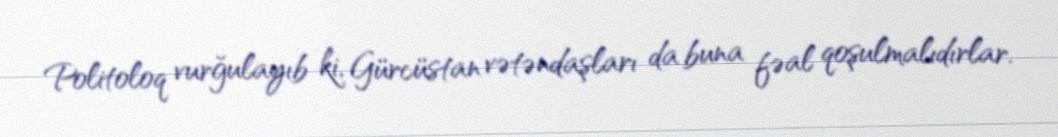
Politoloq vurğulayıb ki, Gürcüstan vətəndaşları da buna fəal qoşulmalıdırlar.